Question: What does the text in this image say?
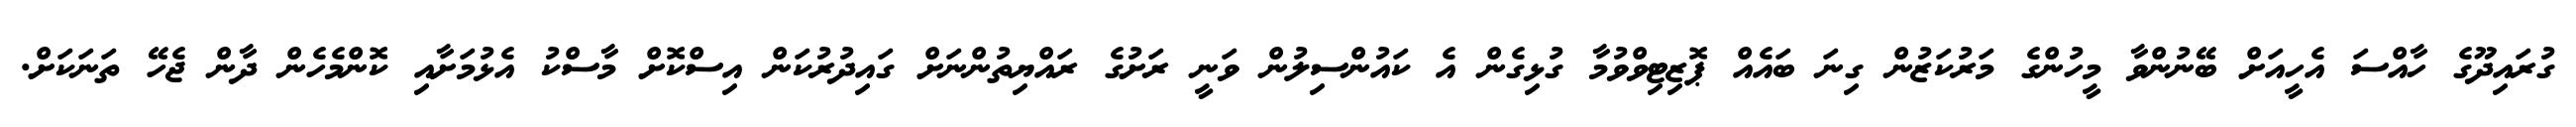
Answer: ގުރައިދޫގެ ހާއްސަ އެހީއަށް ބޭނުންވާ މީހުންގެ މަރުކަޒުން ގިނަ ބައެއް ޕޮޒިޓިވްވުމާ ގުޅިގެން އެ ކައުންސިލުން ވަނީ ރަށުގެ ރައްޔިތުންނަށް ގައިދުރުކަން އިސްކޮށް މާސްކު އެޅުމަށާއި ކޮންމެހެން ދާން ޖެހޭ ތަނަކަށް.